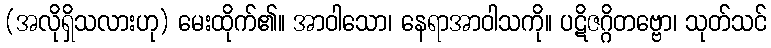
(အလိုရှိသလားဟု) မေးထိုက်၏။ အာဝါသော၊ နေရာအာဝါသကို။ ပဋိဇဂ္ဂိတဗ္ဗော၊ သုတ်သင်